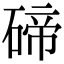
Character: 碲